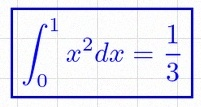
\int_0^1 x^2dx=\frac13